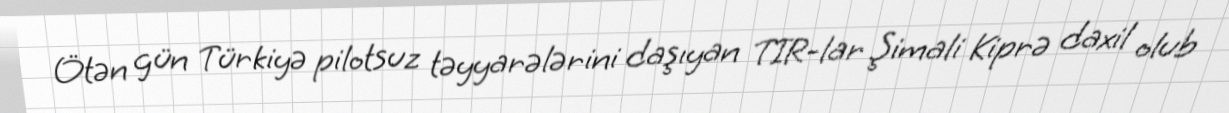
Ötən gün Türkiyə pilotsuz təyyarələrini daşıyan TIR-lar Şimali Kiprə daxil olub